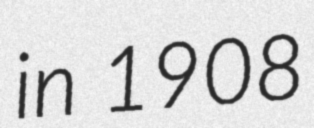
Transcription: in 1908